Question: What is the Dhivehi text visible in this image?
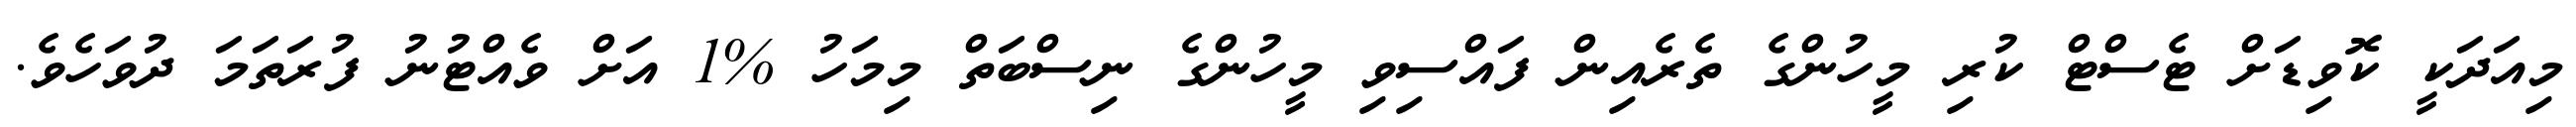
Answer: މިއަދަކީ ކޮވިޑަށް ޓެސްޓް ކުރި މީހުންގެ ތެރެއިން ފައްސިވި މީހުންގެ ނިސްބަތް މިމަހު %1 އަށް ވެއްޓުނު ފުރަތަމަ ދުވަހެވެ.